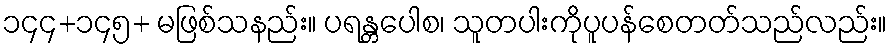
၁၄၄+၁၄၅+ မဖြစ်သနည်း။ ပရန္တပေါစ၊ သူတပါးကိုပူပန်စေတတ်သည်လည်း။